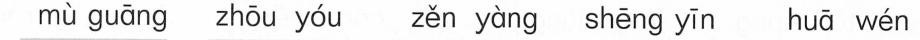
mù guāng zhōu yóu zěn yàng hēng yīn huā wén